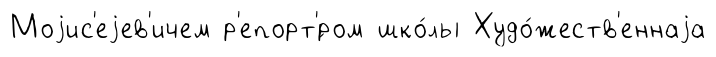
Моjис'еjев'ичем р'епорт'́ром шко́лы Худо́жеств'еннаjа